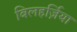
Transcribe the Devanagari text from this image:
बिलहर्ज़िया